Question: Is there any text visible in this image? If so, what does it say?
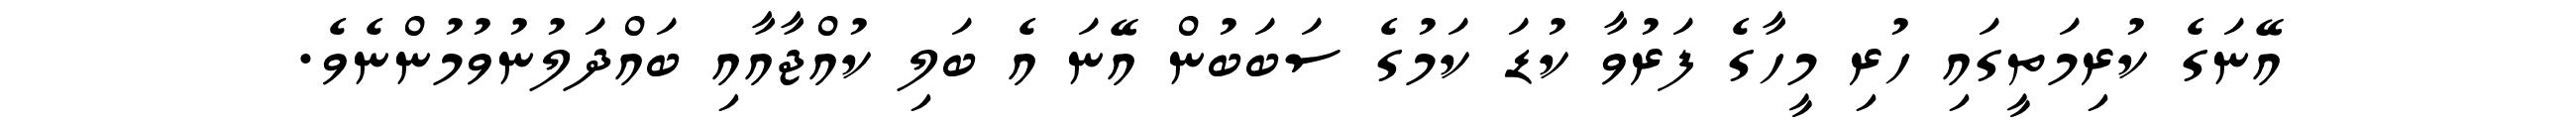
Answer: އޭނަގެ ކުރިމަތީގައި ހުރި މީހާގެ ފަރުވާ ކުޑަ ކަމުގެ ސަބަބުން އޭނަ އެ ބަލި ކުއްޖާއާއި ބައްދަލުނުވުމުންނެވެ.